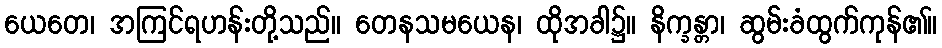
ယေတေ၊ အကြင်ရဟန်းတို့သည်။ တေနသမယေန၊ ထိုအခါ၌။ နိက္ခန္တာ၊ ဆွမ်းခံထွက်ကုန်၏။